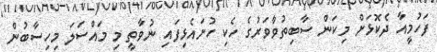
ފަހުމީއާ ދެކޮޅަށް މިކަން ސާބިތުވާވަރުގެ ހެކި ހުށައެޅިފައި ނުވާތީ މި މައްސަލަ މިހިސާބުން